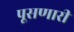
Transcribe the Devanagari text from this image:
पूसणारी